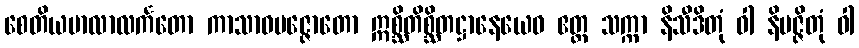
စေတိယမာလာလင်္ကတော ကာသာဝပဇ္ဇောတော ဣစ္ဆိတိစ္ဆိတဋ္ဌာနေယေဝ ဧတ္ထ သက္ကာ နိသီဒိတုံ ဝါ နိပဇ္ဇိတုံ ဝါ